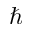
\hbar